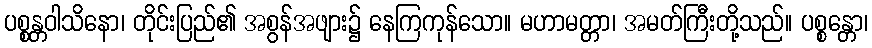
ပစ္စန္တဝါသိနော၊ တိုင်းပြည်၏ အစွန်အဖျား၌ နေကြကုန်သော။ မဟာမတ္တာ၊ အမတ်ကြီးတို့သည်။ ပစ္စန္တော၊